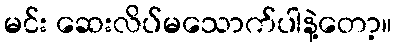
မင်း ဆေးလိပ်မသောက်ပါနဲ့တော့။